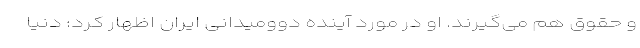
و حقوق هم می‌گیرند. او در مورد آینده دوومیدانی ایران اظهار کرد: دنیا